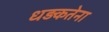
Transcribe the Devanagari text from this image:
धड़कतेना